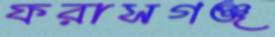
ফরাসগঞ্জ